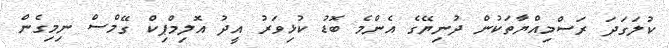
ކުލަގަދަ ރަސްމިއްޔާތަކުން ދުނިޔޭގެ އެންމެ ބޮޑު ކުޅިވަރު އީދު އޮލިމްޕިކް ގޭމްސް ނިމިގެން